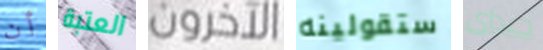
أن العتبة الآخرون ستقولينه جيداى